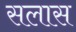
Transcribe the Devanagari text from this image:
सलास